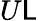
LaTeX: U\mathsf{L}